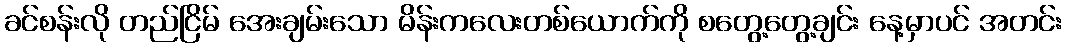
ခင်စန်းလို တည်ငြိမ် အေးချမ်းသော မိန်းကလေးတစ်ယောက်ကို စတွေ့တွေ့ချင်း နေ့မှာပင် အတင်း